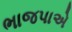
ભાજપાએ